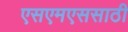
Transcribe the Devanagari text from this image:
एसएमएससाठी